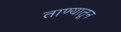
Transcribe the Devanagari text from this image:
ताण्यातून